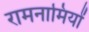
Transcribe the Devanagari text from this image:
रामनामियों